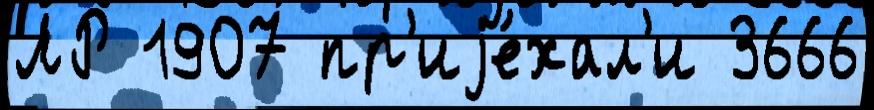
ЛР 1907 пр'иjе́хал'и 3666